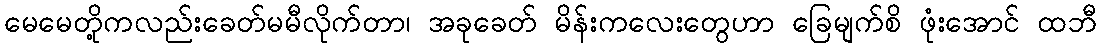
မေမေတို့ကလည်းခေတ်မမီလိုက်တာ၊ အခုခေတ် မိန်းကလေးတွေဟာ ခြေမျက်စိ ဖုံးအောင် ထဘီ